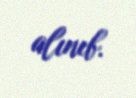
alınıb.